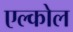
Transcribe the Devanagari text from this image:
एल्कोल